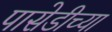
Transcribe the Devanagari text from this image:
पासेडीच्या